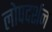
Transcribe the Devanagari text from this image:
लोपदर्शन